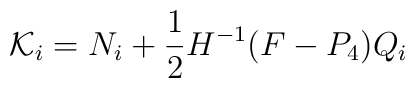
{\cal K}_{i}={N}_{i}+ \frac{1}{2}H^{-1}(F-P_4) Q_i